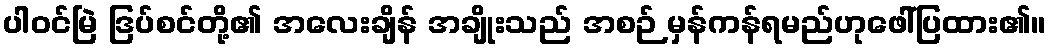
ပါဝင်မြဲ ဒြပ်စင်တို့၏ အလေးချိန် အချိုးသည် အစဉ် မှန်ကန်ရမည်ဟုဖေါ်ပြထား၏။